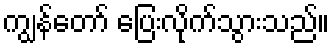
ကျွန်တော် ပြေးလိုက်သွားသည်။